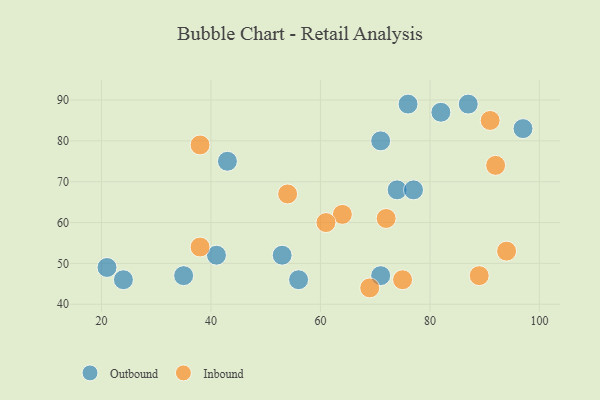
{"axis": {"x": "GDP", "y": "Life Expectancy"}, "legend": ["Inbound", "Outbound"], "data": [{"x": "82", "y": 87, "type": "Outbound"}, {"x": "43", "y": 75, "type": "Outbound"}, {"x": "56", "y": 46, "type": "Outbound"}, {"x": "97", "y": 83, "type": "Outbound"}, {"x": "74", "y": 68, "type": "Outbound"}, {"x": "41", "y": 52, "type": "Outbound"}, {"x": "53", "y": 52, "type": "Outbound"}, {"x": "87", "y": 89, "type": "Outbound"}, {"x": "71", "y": 47, "type": "Outbound"}, {"x": "76", "y": 89, "type": "Outbound"}, {"x": "35", "y": 47, "type": "Outbound"}, {"x": "71", "y": 80, "type": "Outbound"}, {"x": "77", "y": 68, "type": "Outbound"}, {"x": "24", "y": 46, "type": "Outbound"}, {"x": "21", "y": 49, "type": "Outbound"}, {"x": "75", "y": 46, "type": "Inbound"}, {"x": "72", "y": 61, "type": "Inbound"}, {"x": "64", "y": 62, "type": "Inbound"}, {"x": "94", "y": 53, "type": "Inbound"}, {"x": "89", "y": 47, "type": "Inbound"}, {"x": "69", "y": 44, "type": "Inbound"}, {"x": "91", "y": 85, "type": "Inbound"}, {"x": "54", "y": 67, "type": "Inbound"}, {"x": "92", "y": 74, "type": "Inbound"}, {"x": "38", "y": 54, "type": "Inbound"}, {"x": "38", "y": 79, "type": "Inbound"}, {"x": "61", "y": 60, "type": "Inbound"}]}